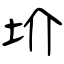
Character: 圿